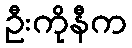
ဦးကိုနီက